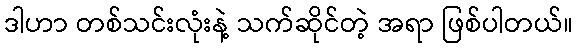
ဒါဟာ တစ်သင်းလုံးနဲ့ သက်ဆိုင်တဲ့ အရာ ဖြစ်ပါတယ်။